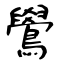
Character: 鷽